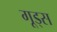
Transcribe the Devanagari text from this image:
गूड्स